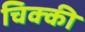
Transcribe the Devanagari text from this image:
चिक्‍की